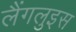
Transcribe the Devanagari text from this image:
लैंगलुइस